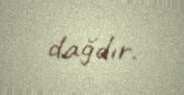
dağdır.